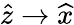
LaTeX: \widehat{z}\rightarrow\widehat{x}